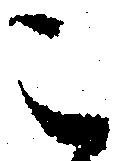
こ